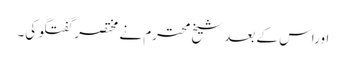
اوراس کے بعد شیخ محترم نے مختصر گفتگو کی۔